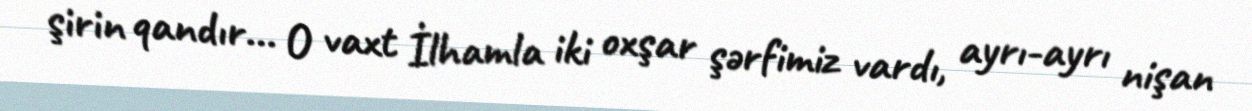
şirin qandır... O vaxt İlhamla iki oxşar şərfimiz vardı, ayrı-ayrı nişan